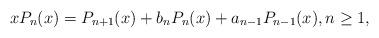
LaTeX: \begin{align*}xP_{n}(x)=P_{n+1}(x)+b_{n} P_{n}(x)+a_{n-1} P_{n-1}(x),n\geq 1,\end{align*}